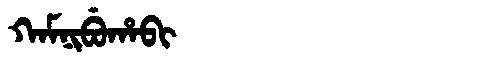
Manchu: ᡴᠠᠮᠨᡳᠪᡠᡥᠠᠪᡳ
Romanization: KAMNIBUHABI